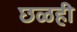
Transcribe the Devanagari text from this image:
छळही